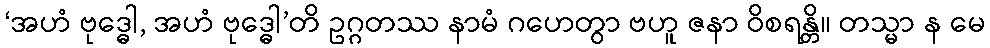
‘အဟံ ဗုဒ္ဓေါ, အဟံ ဗုဒ္ဓေါ’တိ ဥဂ္ဂတဿ နာမံ ဂဟေတွာ ဗဟူ ဇနာ ဝိစရန္တိ။ တသ္မာ န မေ